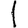
Digit: 1